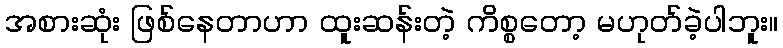
အစားဆုံး ဖြစ်နေတာဟာ ထူးဆန်းတဲ့ ကိစ္စတော့ မဟုတ်ခဲ့ပါဘူး။